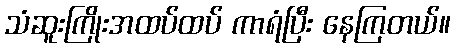
သံဆူးကြိုးအထပ်ထပ် ကာရံပြီး နေကြတယ်။